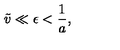
\tilde { v } \ll \epsilon < { \frac { 1 } { a } } ,